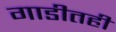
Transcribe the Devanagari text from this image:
गाडीतही